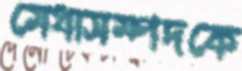
মেধাসম্পদকে